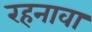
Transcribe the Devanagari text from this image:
रहनावा